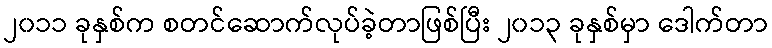
၂၀၁၁ ခုနှစ်က စတင်ဆောက်လုပ်ခဲ့တာဖြစ်ပြီး ၂၀၁၃ ခုနှစ်မှာ ဒေါက်တာ